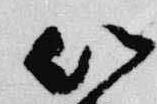
以